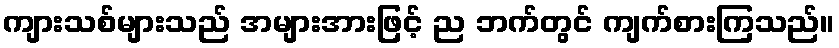
ကျားသစ်များသည် အများအားဖြင့် ည ဘက်တွင် ကျက်စားကြသည်။